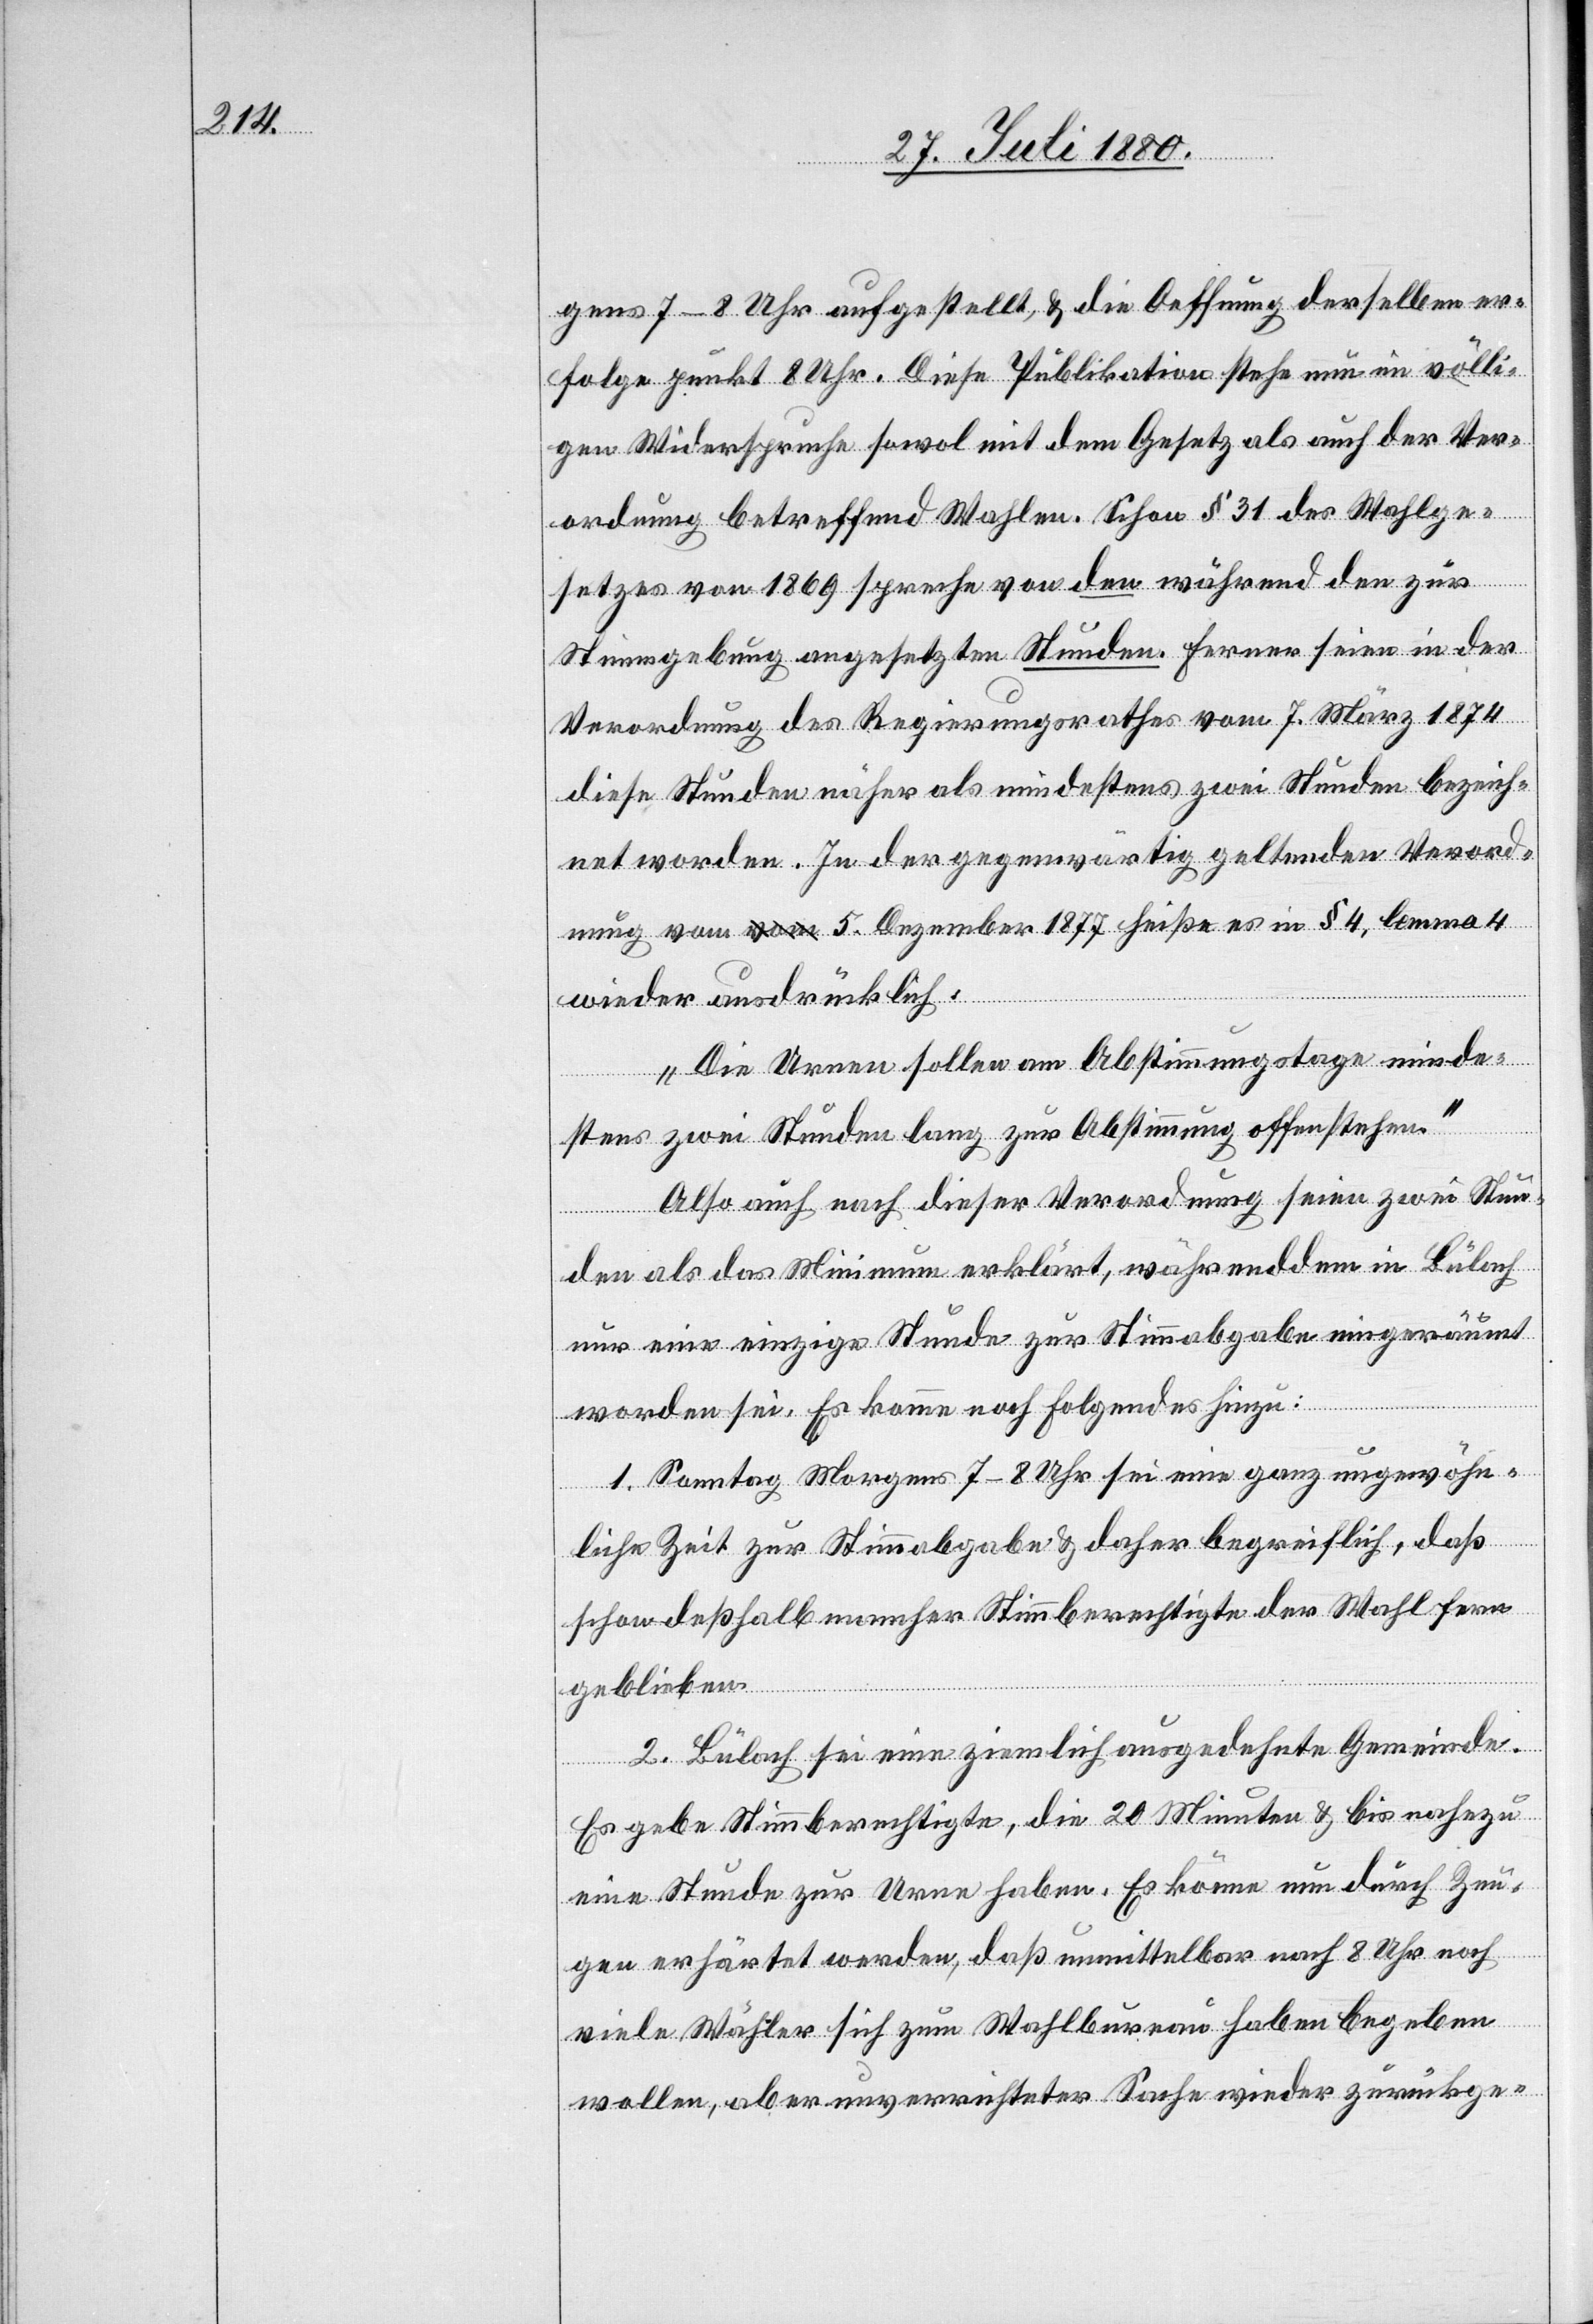
gens 7–8 Uhr aufgestellt, & die Oeffnung derselben er¬
folge punkt 8 Uhr. Diese Publikation stehe nun im völli¬
gen Widerspruche sowol mit dem Gesetz als auch der Ver¬
ordnung betreffend Wahlen. Schon § 31 des Wahlge¬
setzes von 1869 spreche von den während den zur
Stimmgebung angesetzten Stunden. Ferner seien in der
Verordnung des Regierungsrathes vom 7. März 1874
diese Stunden näher als mindestens zwei Stunden bezeich¬
net worden. In der gegenwärtig geltenden Verord¬
nung vom 5. Dezember 1877 heiße es in § 4, lemma 4
wieder ausdrücklich:
„Die Urnen sollen am Abstimmungstage minde¬
stens zwei Stunden lang zur Abstimmung offenstehen.“
Also auch nach dieser Verordnung seien zwei Stun¬
den als das Minimum erklärt, währenddem in Bülach
nur eine einzige Stunde zur Stimmabgabe eingeräumt
worden sei. Es komme noch Folgendes hinzu:
1. Samstag Morgens 7–8 Uhr sei eine ganz ungewöhn¬
liche Zeit zur Stimmabgabe & daher begreiflich, daß
schon deßhalb mancher Stimmberechtigte der Wahl fern
geblieben.
2. Bülach sei eine ziemlich ausgedehnte Gemeinde.
Es gebe Stimmberechtigte, die 20 Minuten & bis nahezu
eine Stunde zur Urne haben. Es könne nun durch Zeu¬
gen erhärtet werden, daß unmittelbar nach 8 Uhr noch
viele Wähler sich zum Wahlbureau haben begeben
wollen, aber unverrichteter Sache wieder zurückge-